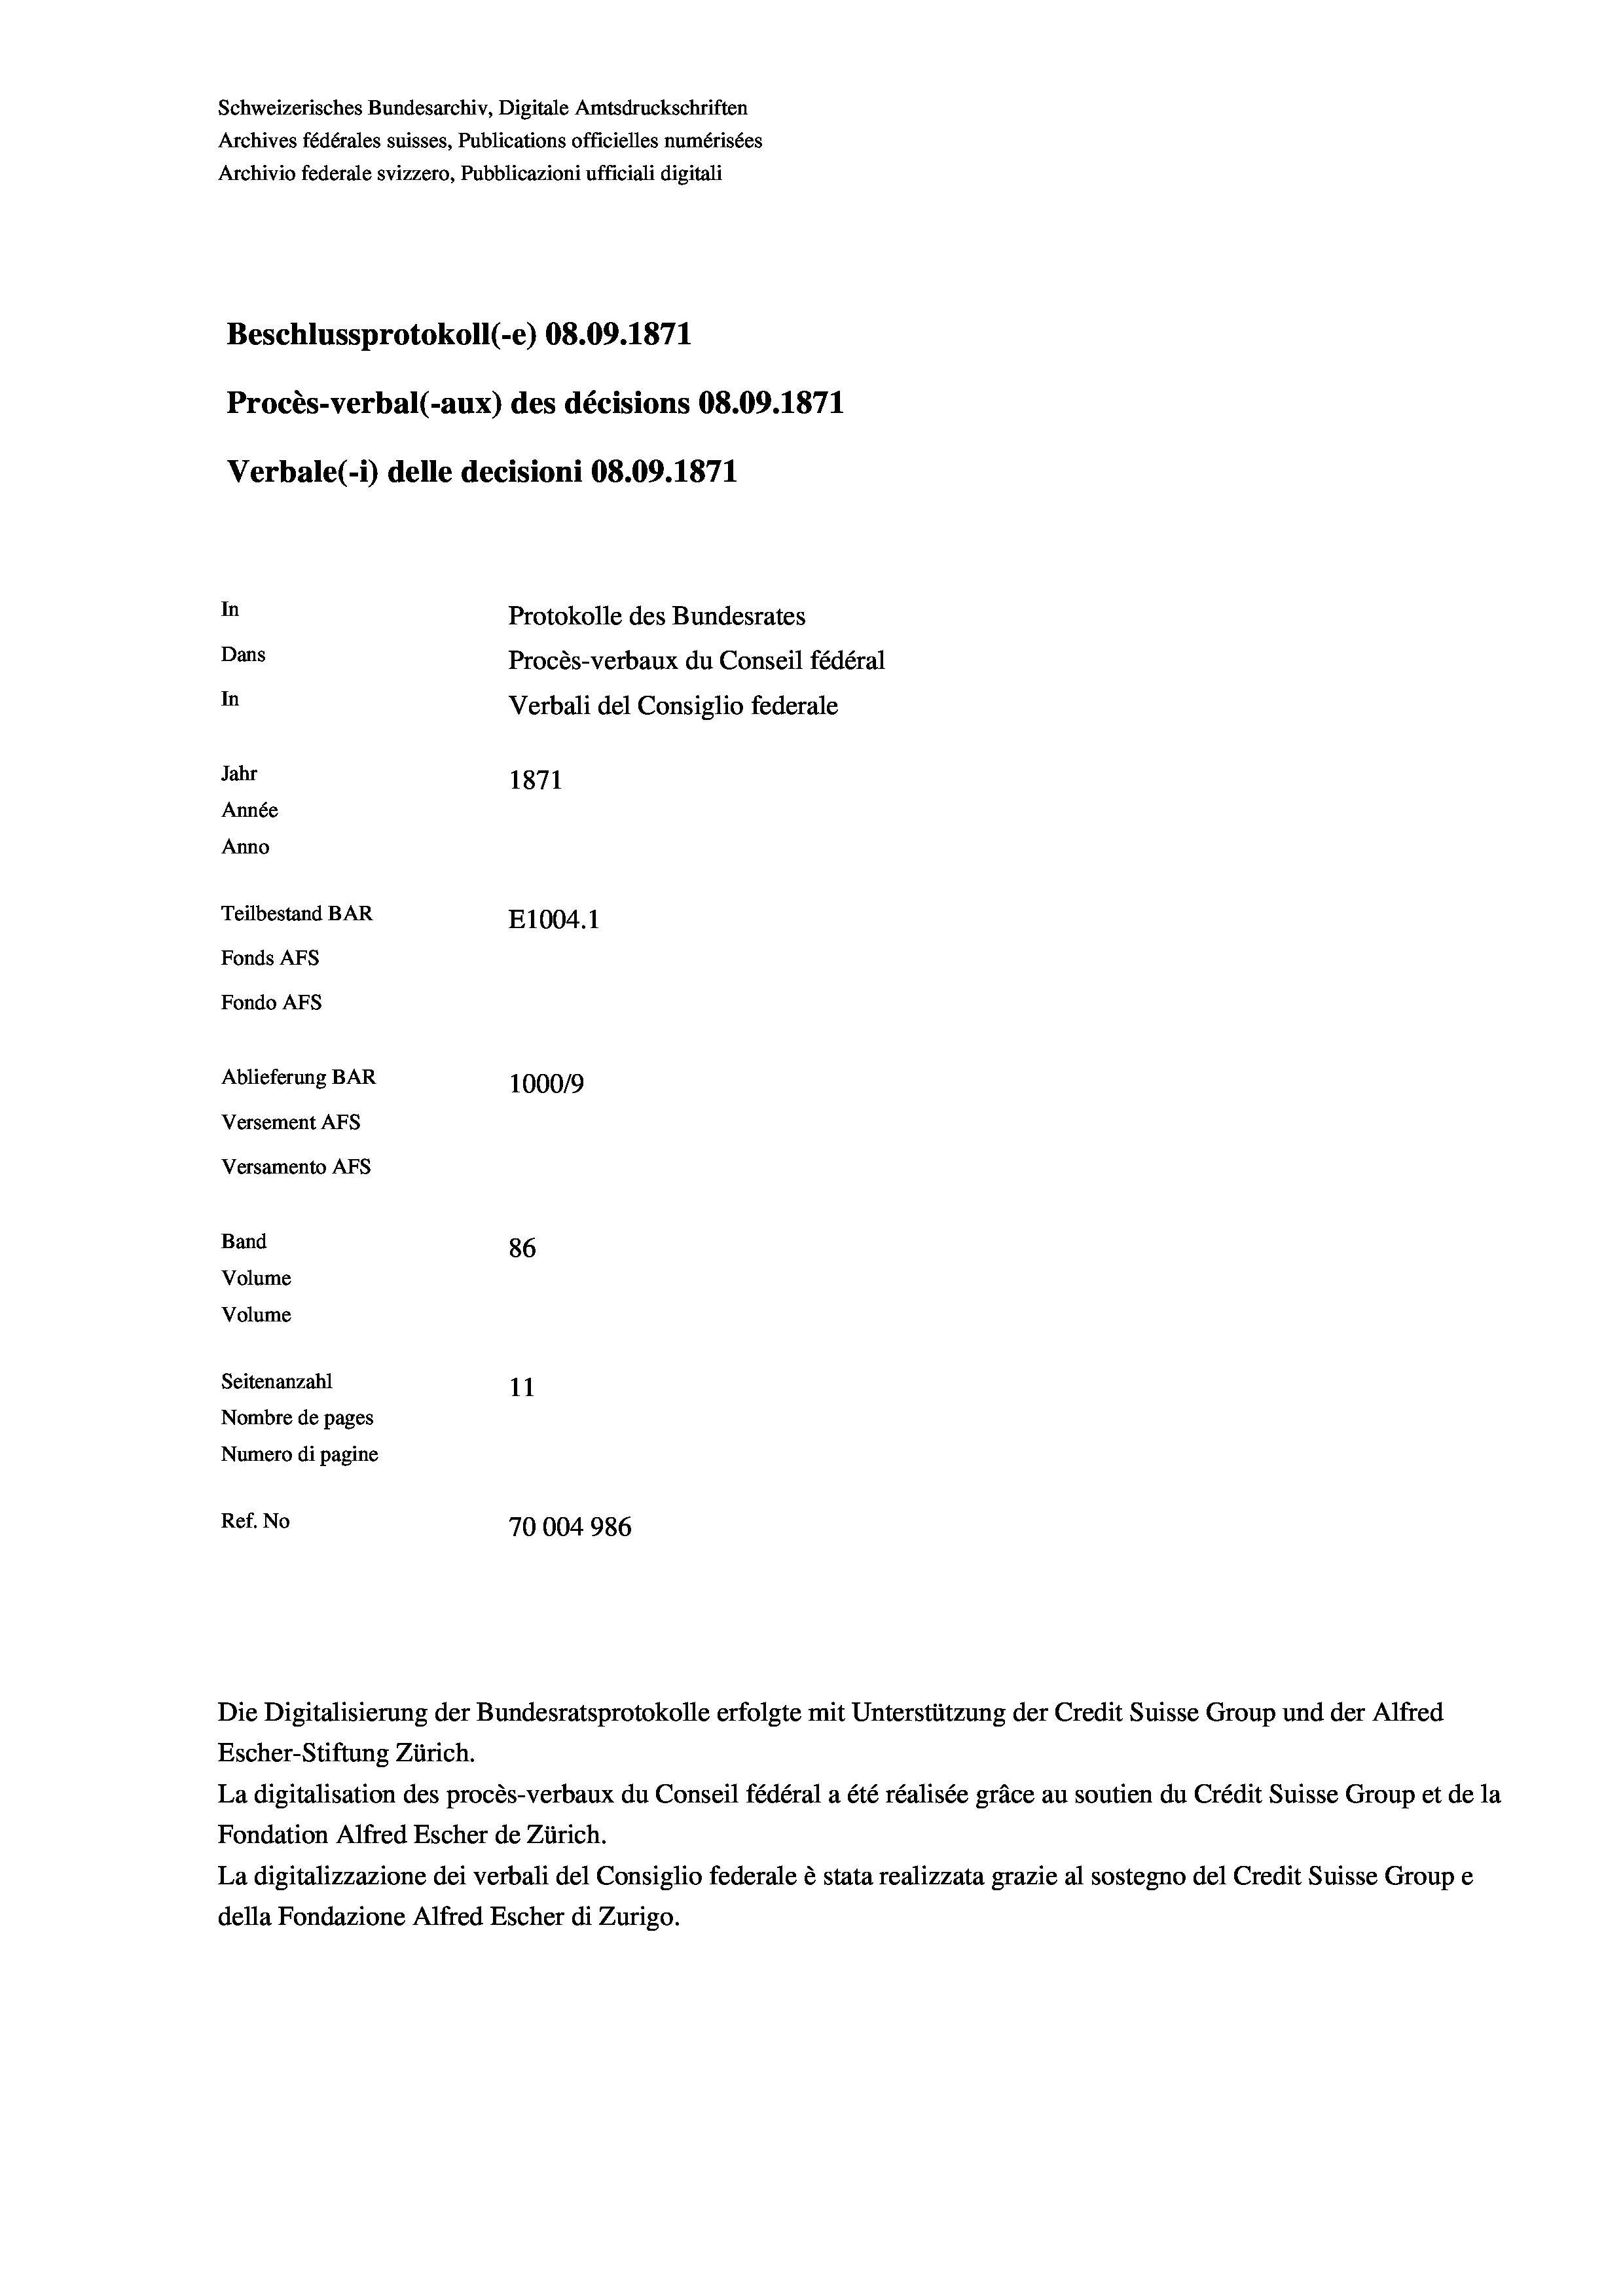
Schweizerisches Bundesarchiv, Digitale Amtsdruckschriften
Archives fédérales suisses, Publications officielles numérisées
Archivio federale svizzero, Pubblicazioni ufficiali digitali
Beschlussprotokoll (-e) 08.09. 1871
Procès-verbal (-aux) des décisions 08.09. 1871
Verbale(-*) delle decisioni 08.09. 1871
In
Protokolle des Bundesrates
Dans
Procès-verbaux du Conseil fédéral
In
Verbali del Consiglio federale
Jahr
1871
Année
Anno
Teilbestand BAR
E1004. 1
Fonds Afs
Fondo AFs
Ablieferung BAR
100019
Versement Abs
Versamento Afs
Band
86
Volume
Volume
Seitenanzahl
11
Nombre de pages
Numero di pagine
Ref. No
70004986

Die Digitalisierung der Bundesratsprotokolle erfolgte mit Unterstützung der Credit Suisse Group und der Alfred
Escher-Stiftung Zürich.
La digitalisation des procès-verbaux du Conseil fédéral a été réalisée gräce au soutien du Crédit Suisse Group et de la
Fondation Alfred Escher de Zürich.
La digitalizzazione dei verbali del Consiglio federale è stata realizzata grazie al sostegno del Credit Suisse Groupe
della Fondazione Alfred Escher di Zurigo.